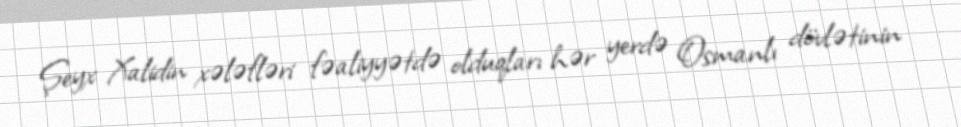
Şeyx Xalidin xələfləri fəaliyyətdə olduqları hər yerdə Osmanlı dövlətinin